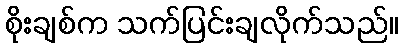
စိုးချစ်က သက်ပြင်းချလိုက်သည်။